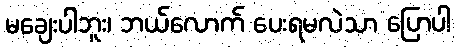
မချေးပါဘူး၊ ဘယ်လောက် ပေးရမလဲသာ ပြောပါ